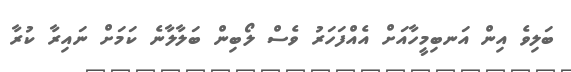
ބަލިވެ އިން އަނބިމީހާއަށް އެއްފަހަރު ވެސް ލޯބިން ބަލާލާނެ ކަމަށް ނައިރާ ކުރާ